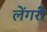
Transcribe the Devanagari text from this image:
लेंगरी